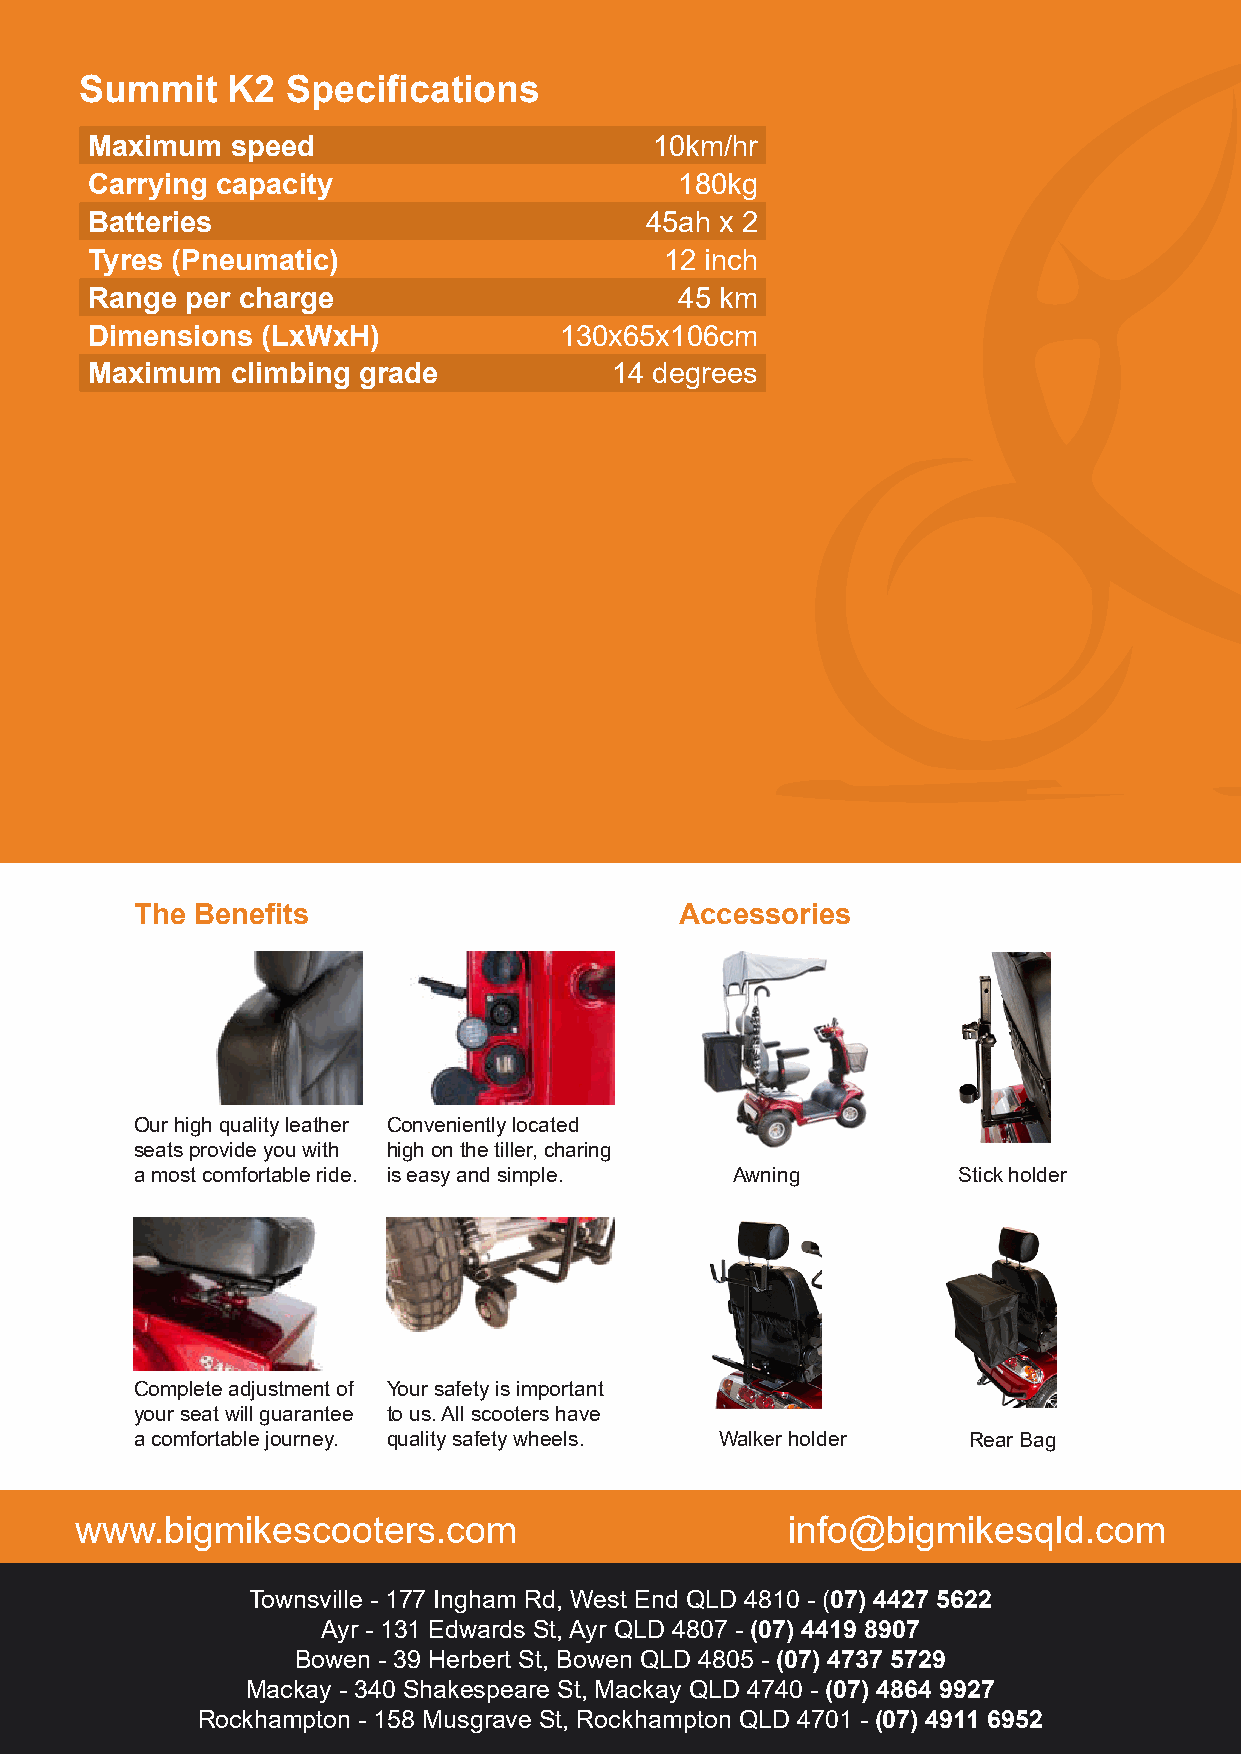
Summit    K2  Specifications
 Maximum  speed                       10km/hr
 Carrying capacity                      180kg
 Batteries                            45ah x 2
 Tyres (Pneumatic)                     12 inch
 Range per charge                       45 km
 Dimensions (LxWxH)             130x65x106cm
 Maximum  climbing grade           14 degrees
 The Benefits                        Accessories
 Our high quality leather Conveniently located
 seats provide you with high on the tiller, charing
 a most comfortable ride. is easy and simple. Awning   Stick holder
 Complete adjustment of Your safety is important
 your seat will guarantee to us. All scooters have
 a comfortable journey. quality safety wheels. Walker holder Rear Bag
 www.bigmikescooters.com                        info@bigmikesqld.com
 Townsville - 177 Ingham Rd, West End QLD 4810 - (07) 4427 5622
 Ayr - 131 Edwards St, Ayr QLD 4807 - (07) 4419 8907
 Bowen - 39 Herbert St, Bowen QLD 4805 - (07) 4737 5729
 Mackay - 340 Shakespeare St, Mackay QLD 4740 - (07) 4864 9927
 Rockhampton - 158 Musgrave St, Rockhampton QLD 4701 - (07) 4911 6952